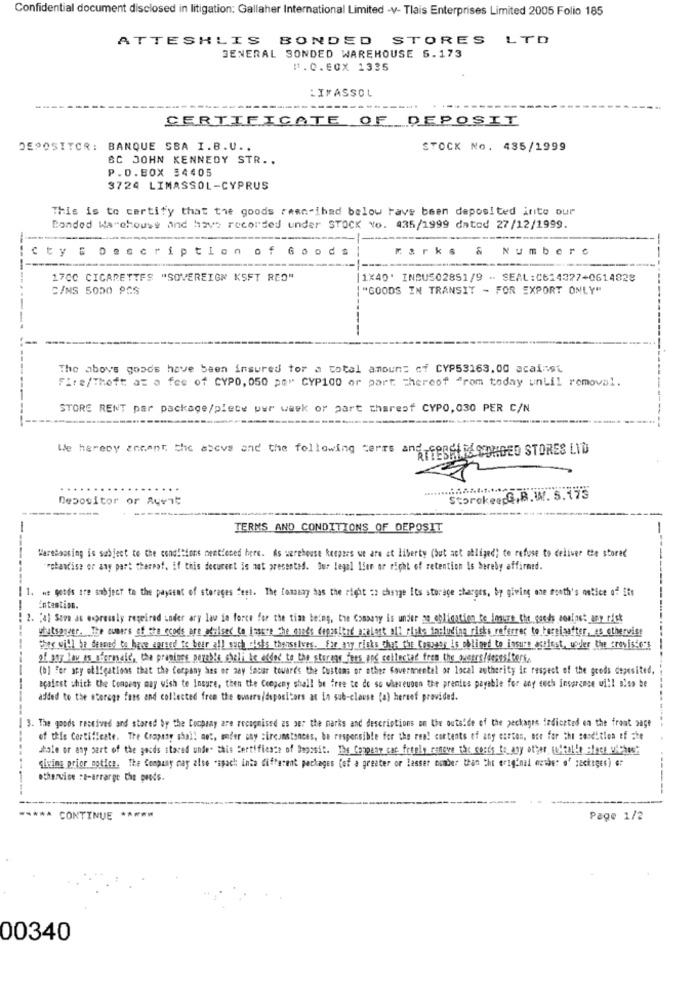
Confidential document disclosed in litigation: Gallaher International Limited -v- Tlais Enterprises Limited 2005 Folio 185
ATTESHLIS BONDED STORES LTD
GENERAL SONDED WAREHOUSE 5.173
1.O.EOX 1335
LIMASSOL
CERTIFICATE OF DEPOSIT
DEPOSITOR: BANQUE SBA I.B.V ..
STOCK No. 435/1999
&C JOHN KENNEDY STR ..
P.D.BOX 34405
3724 LIMASSOL-CYPRUS
This is to certify that the goods reen ihad below have been deposited into our
Bonded Warehouse And have recorded under STOCK No. 435/1999 dated 27/12/1999.
Cty & Description of Goods
marks & Numberc
-----
17CC CIGARETTES "SOVEREIGN KSFT RED"
|1×40' INBUS02851/9 - SEAL:C614377+0614828
CINS 5050 PCS
"GOODS IN TRANSIT - FOR EXPORT ONLY"
-
-
The above goods have been insured tor a total amount of CYP53163,00 acainst
Fire/Theft az a fee of CYP0, 050 pe" CYP100 or part thereof "rom today unLil removal.
--
STORE RENT par package/piece per week or part thereof CYP0, 030 PER C/N
We hereby accent, the above and the following terms and Fendt RECORDED STORES LID
Depositor or Auvit
Storeke G.B.W. S.175
TERMS AND CONDITIONS OF DEPOSIT
Warehousing is subject to the conditions mentioned here. As werehouse keepers we are at liberty (but act obliged) to refuse to deliver the stored
"rotantise or any part thereof. if this document is not presented. Our legal lien or right of retention is hereby affirmed.
1. we getes are subject to the payment of storages fest. The Comaany has the right :> change Its storage charges, by giving one month's notice of Ett
Entention.
2. "a) Sova as expressly regeirad under ary law in force for the tian being, the Company is under no obligation to imure the seeds aoafast any risk
whatsower. The cuners of the ecods are adaised to Issuee Che annes depositad atalest all risks including risks referrer to bereiaafter, es otherwise
-
ther will be demned to base aprsed te beer all such wishs themselves. far any_ricks that the Crewegy is obliged to insure actlost, udler the crovissers
of phy low es fermaic, the pranings perah!s chali be added to the storage fees and collected fren the_queers/deses/ters,
(b] For ary obligations that the Company has or may Sacar towards the Customs or other Govermental or local authority ir respect of the grods deposited.
açaiost shich the Company may wish to Insure, then the Company shall be free to do so whereusen the premiss payable for any such insurance will also be
added to the storage fans and collected free the ousers/depositors at in sub-clause [a) hereof provided.
3. The goods received and stored by the Cocpaay are recognised as per the marks and descriptions on the outside of the packages iadiceted on the front page
of this Certificate. The Cropaty shall not, wofer ony circumstances, be responsible for the ren! contents of any carton, noe for the condition of the
sale or any part of the goods stared unde. this Certificate of Deposit. The Conpeay cac freely reneve the costs to any other, Mitalko Place withus"
...
siving prior notice. The Company may also "spach into different packages (off a greater or lesser number than Cht original mother o' zackiges) er
otherwise :e-arrarge the goods.
------
CONTINUE
Page 1/2
00340